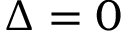
\Delta = 0